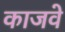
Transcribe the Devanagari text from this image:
काजवे